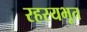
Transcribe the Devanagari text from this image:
रहस्यभूत